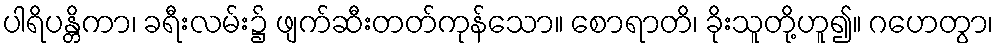
ပါရိပန္တိကာ၊ ခရီးလမ်း၌ ဖျက်ဆီးတတ်ကုန်သော။ စောရာတိ၊ ခိုးသူတို့ဟူ၍။ ဂဟေတွာ၊